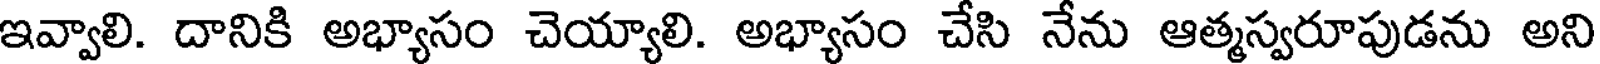
ఇవ్వాలి. దానికి అభ్యాసం చెయ్యాలి. అభ్యాసం చేసి నేను ఆత్మస్వరూపుడను అని